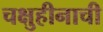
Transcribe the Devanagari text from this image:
चक्षुहीनाची